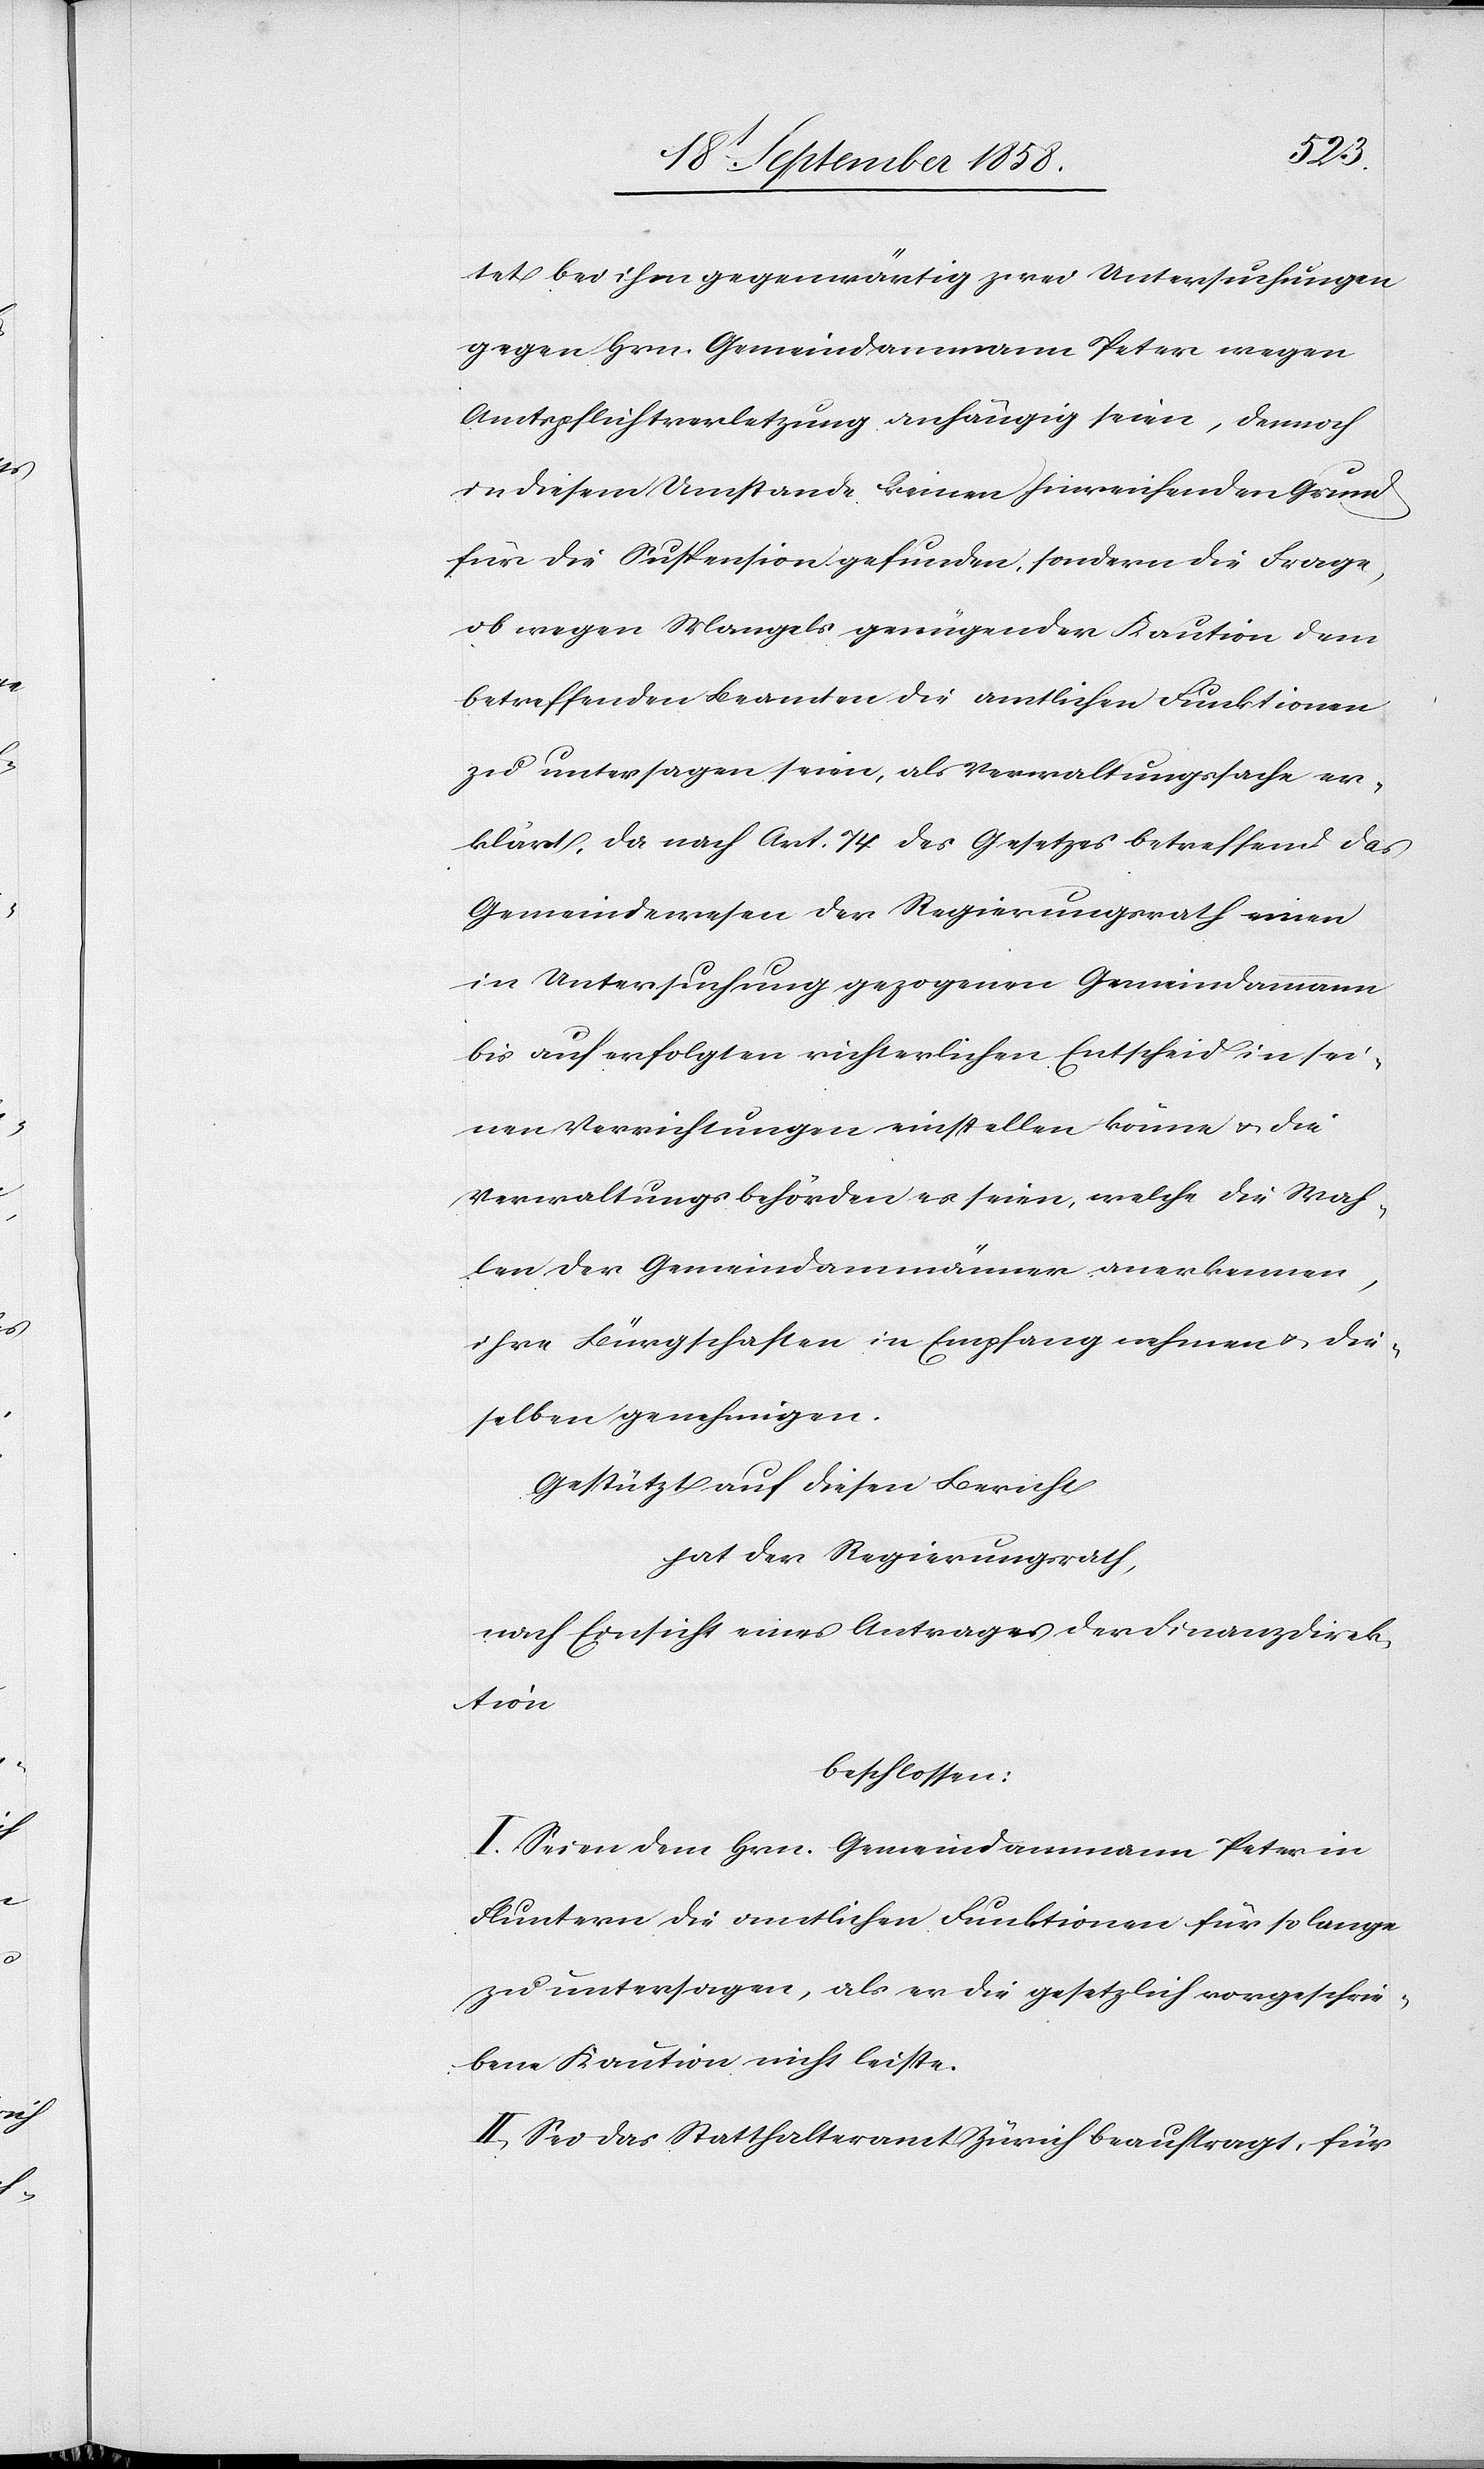
tet bei ihm gegenwärtig zwei Untersuchungen
gegen Hrn. Gemeindammann Peter wegen
Amtspflichtverletzung anhängig seien, dennoch
in diesem Umstande keinen hinreichenden Grund
für die Suspension gefunden, sondern die Frage,
ob wegen Mangels genügender Kaution dem
betreffenden Beamten die amtlichen Funktionen
zu untersagen seien, als Verwaltungssache er¬
klärt, da nach Art. 74 des Gesetzes betreffend das
Gemeindewesen der Regierungsrath einen
in Untersuchung gezogenen Gemeindammann
bis auf erfolgten richterlichen Entscheid in sei¬
nen Verrichtungen einstellen könne & die
Verwaltungsbehörden es seien, welche die Wah¬
len der Gemeindammänner anerkennen,
ihre Bürgschaften in Empfang nehmen & die¬
selben genehmigen.
Gestützt auf diesen Bericht
hat der Regierungsrath,
nach Einsicht eines Antrages der Finanzdirek¬
tion
beschlossen:
I. Seien dem Hrn. Gemeindammann Peter in
Fluntern die amtlichen Funktionen für so lange
zu untersagen, als er die gesetzlich vorgeschrie¬
bene Kaution nicht leiste.
II. Sei das Statthalteramt Zürich beauftragt, für